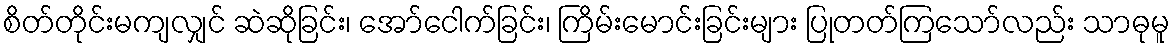
စိတ်တိုင်းမကျလျှင် ဆဲဆိုခြင်း၊ အော်ငေါက်ခြင်း၊ ကြိမ်းမောင်းခြင်းများ ပြုတတ်ကြသော်လည်း သာဓုမူ